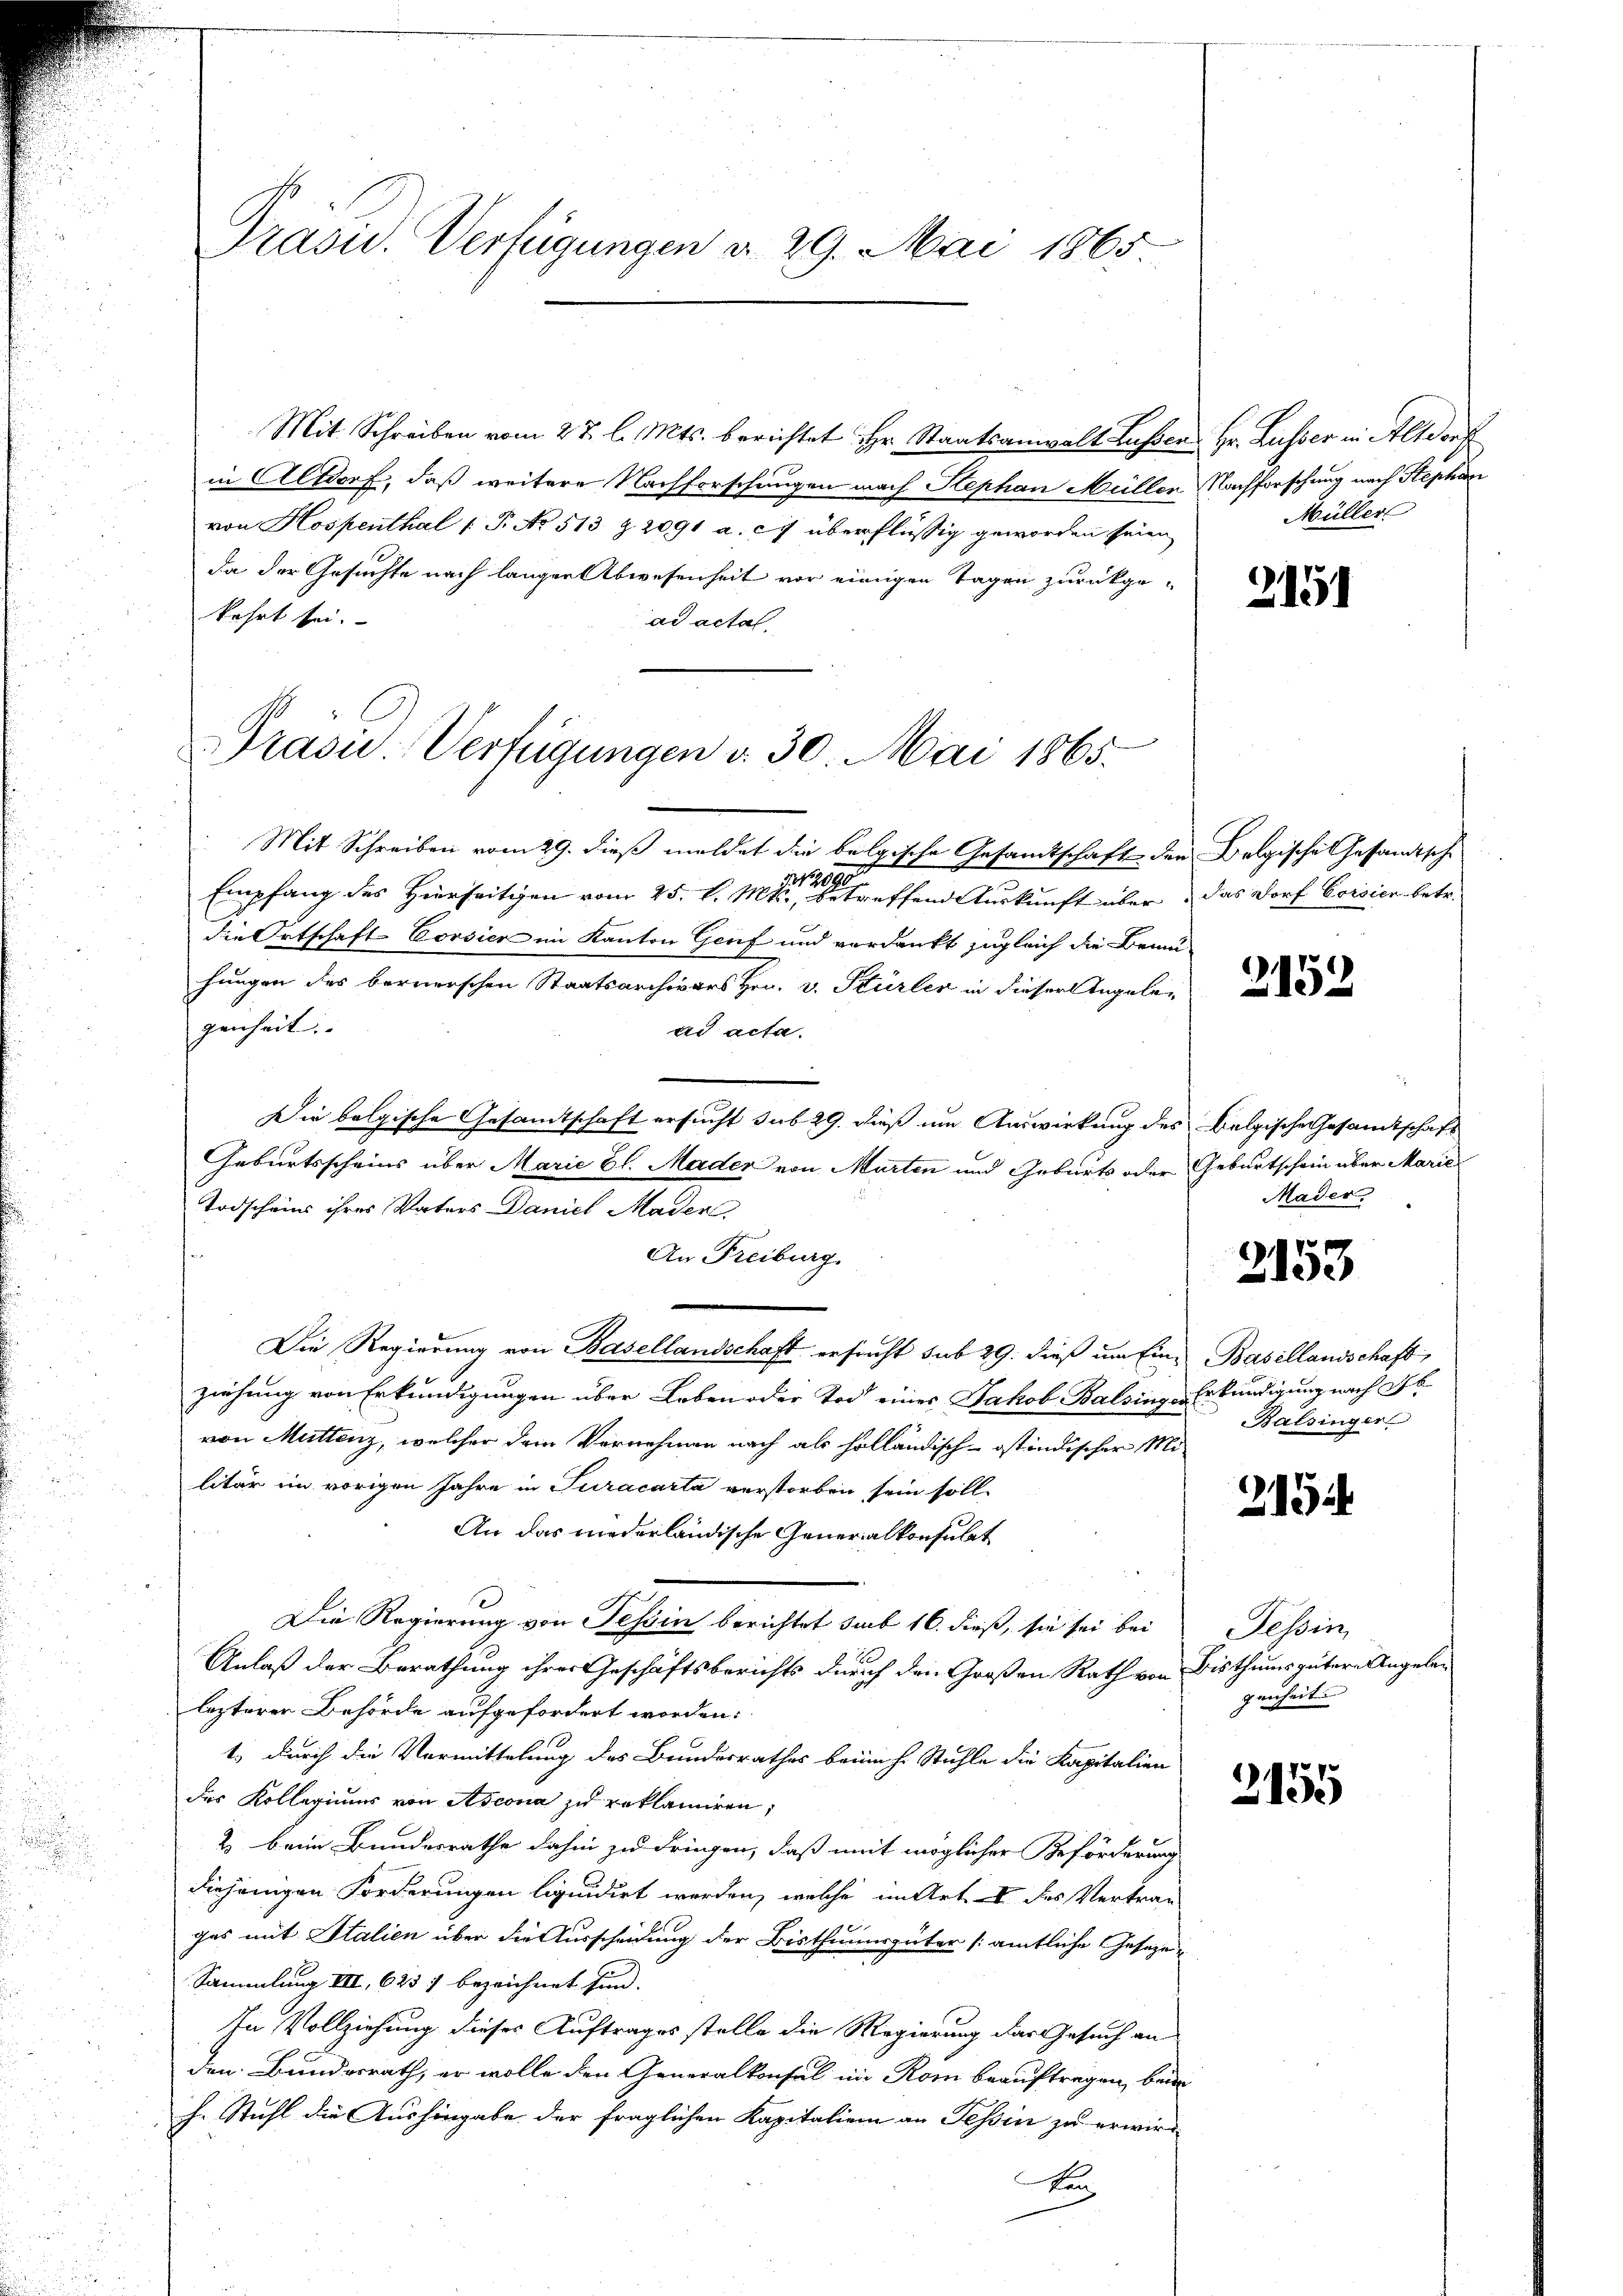
.
d

Präsid. Verfügungen d. 29. Mai 1865

Mit Schreiben vom 27. l. Mts. berichtet Hr. Staatsanwalt Lasser Hr. Lusser in Altdorf
in Altdorf, daß weitere Nachforschungen nach Stephan Müllen Nachforschung nach Stephan
von Hospenthal (T. No 513 Z. 2091 a. c. überflüssig geworden seien
da der Gesuchte nach langer Abwesenheit vor einigen Tagen zurückgekehrt sei.
ad actat,
Mit Schreiben vom 29. dieß meldet die belgische Gesandtschaft den Belgische Gesandtsche
Empfang des Hierseitigen vom 25. d. 11ten u. offend Auskunft über das Dorf Crisier betr.
die Ortschaft-Corsier im Kanton Genf und verdankt zugleich die Bemu-
hungen des bernerschen Staatsarchivars Hrn. v. Stürler in dieser Angeben
genheit.
ad acta.
Die belgische Gesandtschaft ersucht sub 29. dieß um Auswirkung des Belgische Gesandtschaft
Geburtsscheins über Marie Bl. Mader von Marten und Geburts oder Geburtschein über Marie
Todscheins ihres Vaters Daniel Maden.
An Freiburg.
Die Regierung von Basellandschaft ersucht sub 29. dieß um Eine Basellandschaft,
ziehung von Erkundigungen über Leben oder Tod eines Jakob Balsinger Erkundigung nach Ab
von Muttenz, welcher dem Vornehmen nach als holländisch-ostindischer Militär im vorigen Jahre in Turacarta verstorben sein soll,
An das niederländische Generalkonsulat
Die Regierung von Tessin berichtet sub 16. dieß, sie sei bei Tessin
Anlaß der Berathung ihrer Geschäftsberichts durch den Großen Rath von Bisthumsgütern Angelelezterer Behörde aufgefordert worden:
t. durch die Vormittelung des Bundesrathes beim h. Stuhle die Kapitalien
des Kollegiums von Ascona zu reklamiren;
2. beim Bundesrathe dahin zu dringen, daß mit möglicher Beförderung
diejenigen Forderungen liquidirt werden, welche im Art. I des Vertrau
ges mit Italien über die Ausscheidung der Bisthumsgüter amtliche Geseze
Sammlung VIII, 6257 bezeichnet sind. |
In Vollziehung dieses Auftrages stelle die Regierung das Gesuch an
den Bundesrath, er wolle den Generalkonsul in Rom beauftragen, beim
h. Stuhl die Aushingabe der fraglichen Kapitalien an Tessin zu erwird
ken

Pravić-Verfügungen d. 30. Mai 1865.

Müller

2151

Mader

2153

Balsinger

215

genheit.

2155